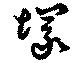
塚